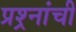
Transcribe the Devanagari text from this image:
प्रश्र्नांची